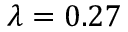
\lambda = 0 . 2 7